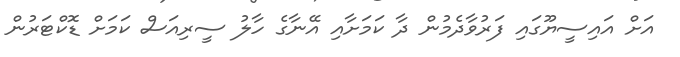
އަށް އައިސީޔޫގައި ފަރުވާދެމުން ދާ ކަމަށާއި އޭނާގެ ހާލު ސީރިއަސް ކަމަށް ޑޮކްޓަރުން